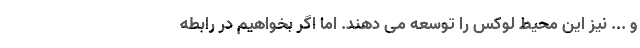
و ... نیز این محیط لوکس را توسعه می دهند. اما اگر بخواهیم در رابطه